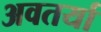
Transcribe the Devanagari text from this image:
अवतर्या